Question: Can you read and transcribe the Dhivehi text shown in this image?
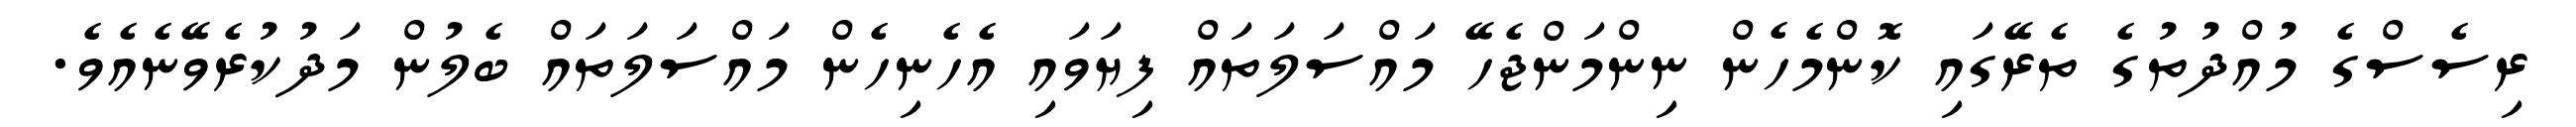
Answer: ރިސެސްގެ މުއްދުތުގެ ތެރޭގައި ކޮންމެހެން ނިންމަންޖެހޭ މައްސަލަތައް ފިޔަވައި އެހެނިހެން މައްސަލަތައް ބެލުން މަދުކުރެވޭނެއެވެ.